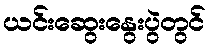
ယင်းဆွေးနွေးပွဲတွင်